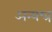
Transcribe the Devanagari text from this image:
अन्यन्त्र